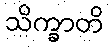
သိက္ခာတိ